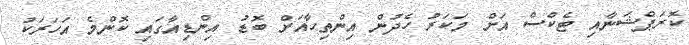
ކޮރަޕްޝަނާއި ޓެކްސް އަށް މަކަރު ހެދުން އިންތިހާއަށް ބޮޑު އިންޑިއާގައި ކޮންމެ އަހަރަކު